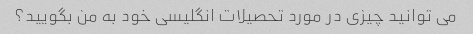
می توانید چیزی در مورد تحصیلات انگلیسی خود به من بگویید؟